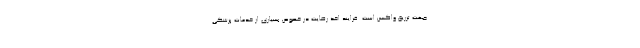
جهت تزریق واکسن است. فرایند اخذ رضایت در خصوص بسیاری از خدمات پزشکی